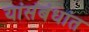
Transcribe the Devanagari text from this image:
यांसंबंधांत